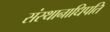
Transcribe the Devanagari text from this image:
संस्थानाधिपति